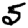
Digit: 5